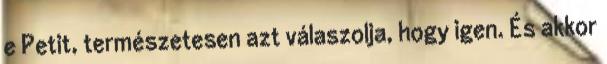
e Petit, természetesen azt válaszolja, hogy igen. És akkor